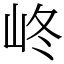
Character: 峂